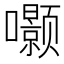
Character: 𮰗